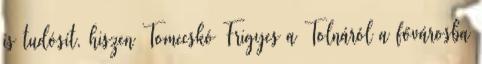
is tudósít, hiszen Tomecskó Frigyes a Tolnáról a fővárosba